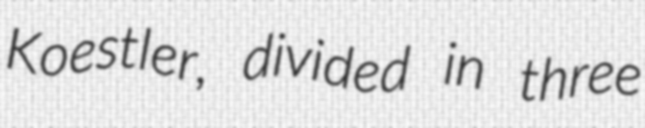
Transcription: Koestler, divided in three